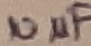
Text: 10µF